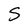
Character: S